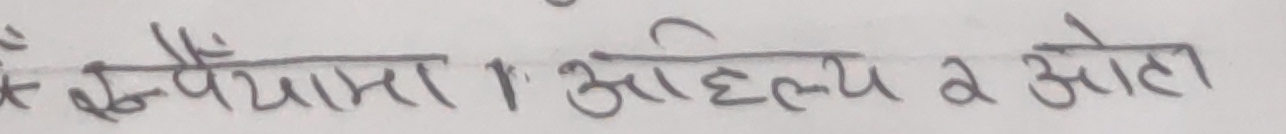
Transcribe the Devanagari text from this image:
स्पैयामा 1 ओ आहल्य 2 ओटा